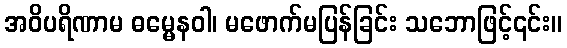
အဝိပရိဏာမ ဓမ္မေနဝါ၊ မဖောက်မပြန်ခြင်း သဘောဖြင့်၎င်း။